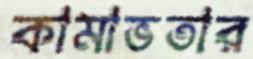
কামাভতার